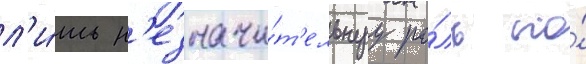
л'и́шь н'езначи́т'ельнуу ро́ль по́